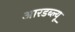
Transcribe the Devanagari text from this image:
आरडब्ल्यू